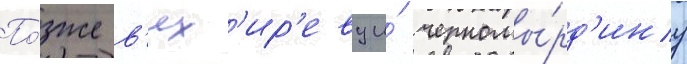
По́зже в'ях'ир'еву и́ черномы́рд'ину